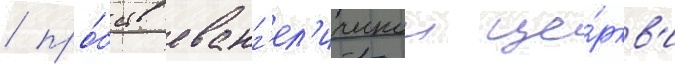
/ про́бств еванг'ел'ическои це́ркв'и